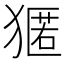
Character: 𭸢